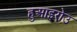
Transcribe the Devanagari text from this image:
हुआइरोउ